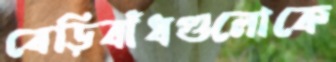
বেড়িবাঁধগুলোকে